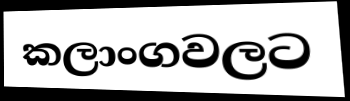
කලාංගවලට